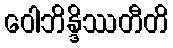
ဝေါဘိန္ဒိဿတီတိ